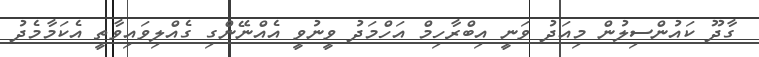
ގާދޫ ކައުންސިލުން މިއަދު ވަނީ އިބްރާހިމް އަހްމަދު ވީނުވީ އެއްނޭންގި ގެއްލިވައިވާތީ އެކަމާމެދު